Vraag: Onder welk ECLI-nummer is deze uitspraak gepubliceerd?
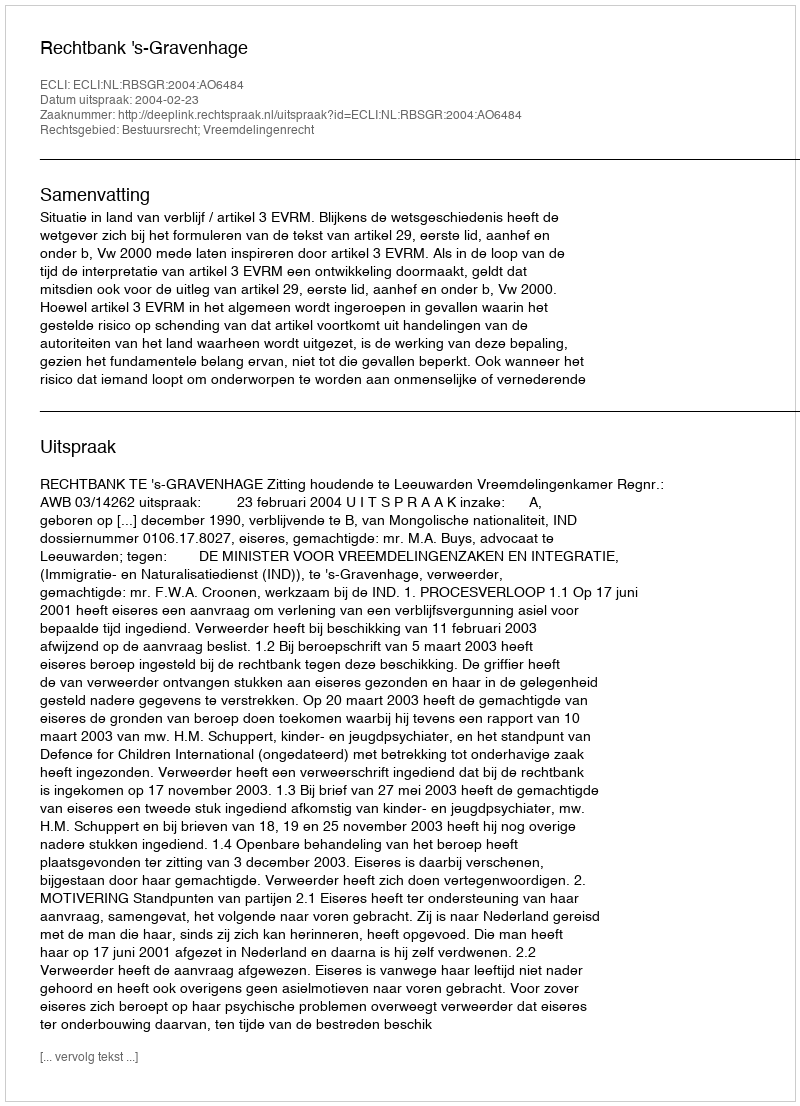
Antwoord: ECLI:NL:RBSGR:2004:AO6484